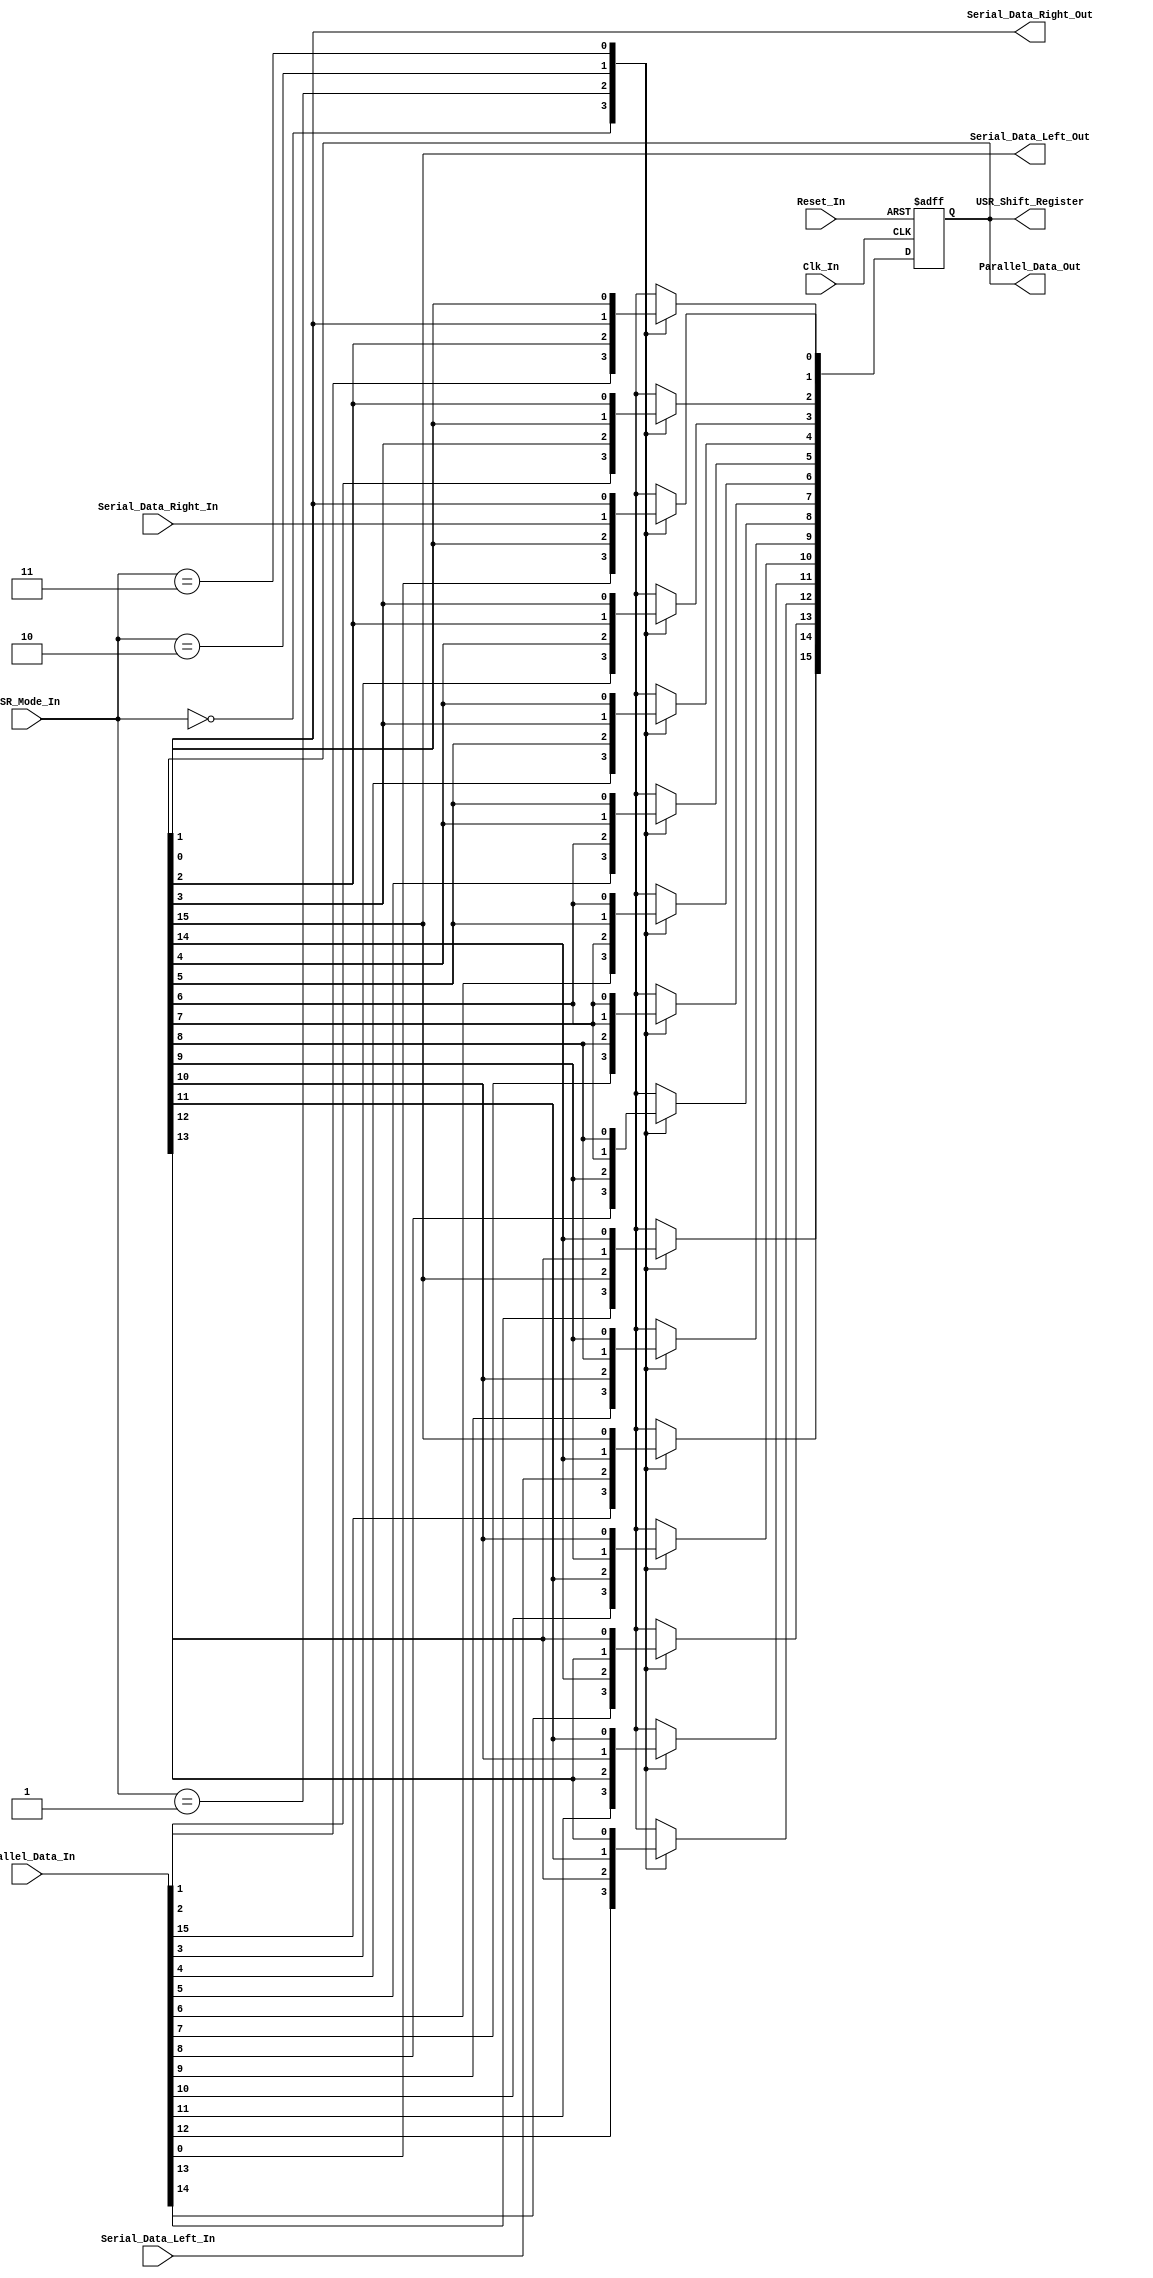
/*
Verilog Code, to implement a Universal Shift Register - USR - 16-Bit Shift Register.



Author : Prasad Narayan Ghatol
*/



module Universal_Shift_Register_USR_16_Bit (
    input             Clk_In,
    input             Reset_In,

    input      [1:0]  USR_Mode_In,
    input             Serial_Data_Left_In,
    input             Serial_Data_Right_In,
    input      [15:0] Parallel_Data_In,

    output            Serial_Data_Right_Out,
    output            Serial_Data_Left_Out,
    output     [15:0] Parallel_Data_Out,

    output reg [15:0] USR_Shift_Register
);



// --------------------------------------------------
// Constants
// --------------------------------------------------
localparam [1:0]    LOAD_PARALLEL = 2'h0,
                    SHIFT_RIGHT   = 2'h1,
                    SHIFT_LEFT    = 2'h2,
                    NO_CHANGE     = 2'h3;



// --------------------------------------------------
// Assignments
// --------------------------------------------------
assign Parallel_Data_Out = USR_Shift_Register;

assign Serial_Data_Right_Out = USR_Shift_Register[0];

assign Serial_Data_Left_Out = USR_Shift_Register[15];



// --------------------------------------------------
// Universal Shift Register - USR - 16-Bit Shift Register Logic
// --------------------------------------------------
always @ (negedge Clk_In or posedge Reset_In)
    begin
        if (Reset_In)
            begin
                USR_Shift_Register <= 16'b0;
            end
        else
            begin
                case (USR_Mode_In)
                    LOAD_PARALLEL : // 2'h0
                        begin
                            USR_Shift_Register <= Parallel_Data_In;
                        end

                    SHIFT_RIGHT   : // 2'h1
                        begin
                            USR_Shift_Register[15] <= Serial_Data_Left_In;
                            USR_Shift_Register[14] <= USR_Shift_Register[15];
                            USR_Shift_Register[13] <= USR_Shift_Register[14];
                            USR_Shift_Register[12] <= USR_Shift_Register[13];
                            USR_Shift_Register[11] <= USR_Shift_Register[12];
                            USR_Shift_Register[10] <= USR_Shift_Register[11];
                            USR_Shift_Register[9]  <= USR_Shift_Register[10];
                            USR_Shift_Register[8]  <= USR_Shift_Register[9];
                            USR_Shift_Register[7]  <= USR_Shift_Register[8];
                            USR_Shift_Register[6]  <= USR_Shift_Register[7];
                            USR_Shift_Register[5]  <= USR_Shift_Register[6];
                            USR_Shift_Register[4]  <= USR_Shift_Register[5];
                            USR_Shift_Register[3]  <= USR_Shift_Register[4];
                            USR_Shift_Register[2]  <= USR_Shift_Register[3];
                            USR_Shift_Register[1]  <= USR_Shift_Register[2];
                            USR_Shift_Register[0]  <= USR_Shift_Register[1];
                        end

                    SHIFT_LEFT    : // 2'h2
                        begin
                            USR_Shift_Register[0]  <= Serial_Data_Right_In;
                            USR_Shift_Register[1]  <= USR_Shift_Register[0];
                            USR_Shift_Register[2]  <= USR_Shift_Register[1];
                            USR_Shift_Register[3]  <= USR_Shift_Register[2];
                            USR_Shift_Register[4]  <= USR_Shift_Register[3];
                            USR_Shift_Register[5]  <= USR_Shift_Register[4];
                            USR_Shift_Register[6]  <= USR_Shift_Register[5];
                            USR_Shift_Register[7]  <= USR_Shift_Register[6];
                            USR_Shift_Register[8]  <= USR_Shift_Register[7];
                            USR_Shift_Register[9]  <= USR_Shift_Register[8];
                            USR_Shift_Register[10] <= USR_Shift_Register[9];
                            USR_Shift_Register[11] <= USR_Shift_Register[10];
                            USR_Shift_Register[12] <= USR_Shift_Register[11];
                            USR_Shift_Register[13] <= USR_Shift_Register[12];
                            USR_Shift_Register[14] <= USR_Shift_Register[13];
                            USR_Shift_Register[15] <= USR_Shift_Register[14];
                        end

                    NO_CHANGE     : // 2'h3
                        begin
                            USR_Shift_Register <= USR_Shift_Register;
                        end

                    default :
                        begin
                            USR_Shift_Register <= USR_Shift_Register;
                        end
                endcase
            end
    end



endmodule